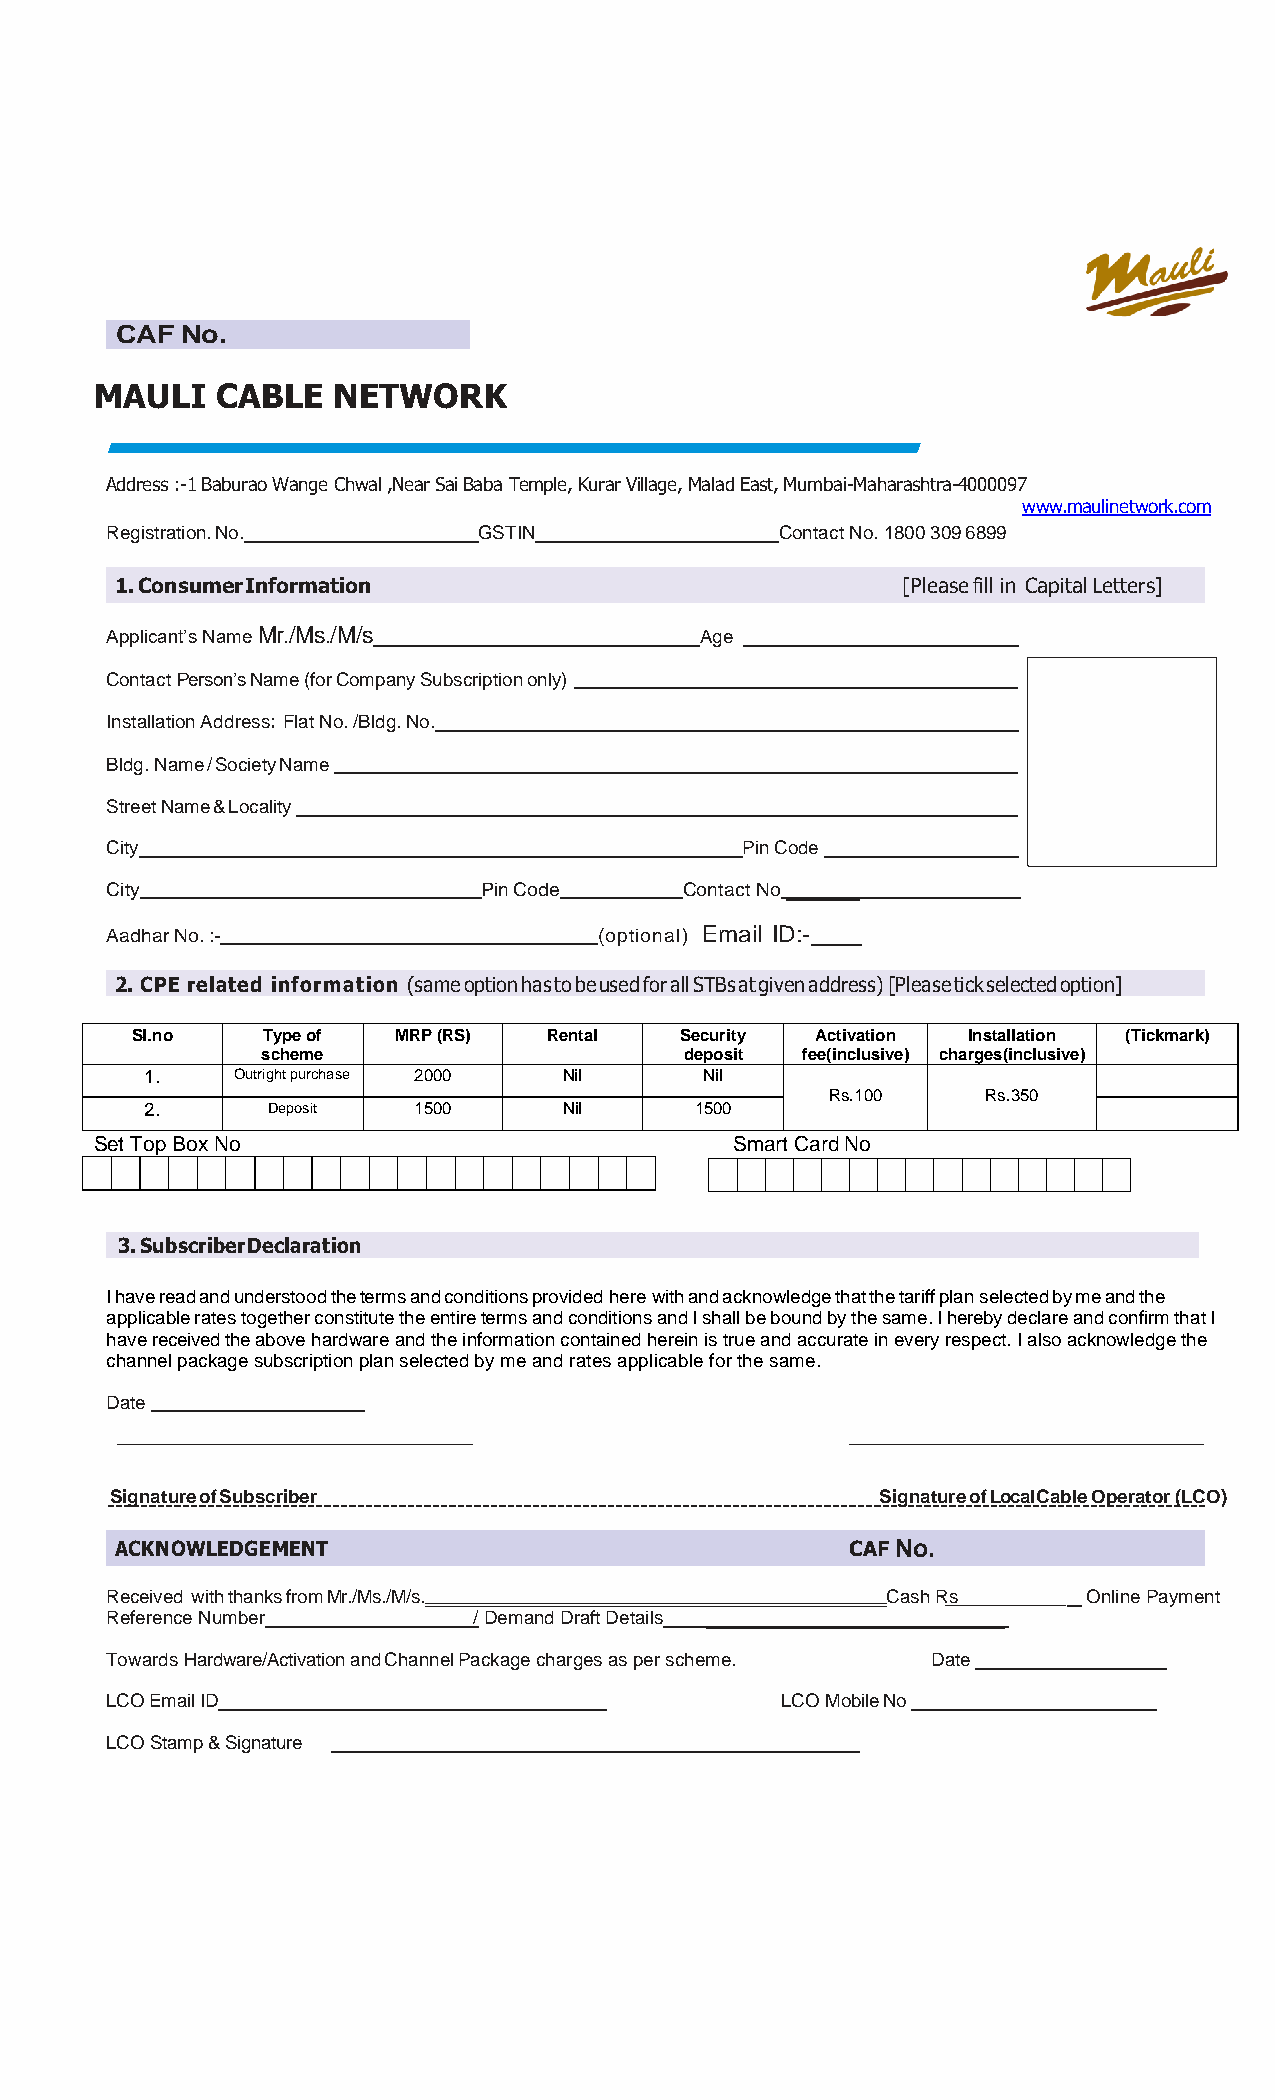
CAF No.
 MAULI   CABLE   NETWORK
 Address :-1 Baburao Wange Chwal ,Near Sai Baba Temple, Kurar Village, Malad East, Mumbai-Maharashtra-4000097
 www.maulinetwork.com
 Registration. No.        GSTIN               Contact No. 1800 309 6899
 1. Consumer Information                             [Please fill in Capital Letters]
 Applicant’s Name Mr./Ms./M/s           Age
 Contact Person’s Name (for Company Subscription only)
 Installation Address: Flat No. /Bldg. No.
 Bldg. Name / Society Name
 Street Name & Locality
 City                                      Pin Code
 City                     Pin Code     Contact No
 Aadhar No. :-                    (optional) Email ID:-
 2. CPE related information (same option has to be used for all STBs at given address) [Please tick selected option]
 Sl.no   Type of  MRP (RS)  Rental   Security Activation Installation (Tickmark)
 scheme                      deposit fee(inclusive) charges(inclusive)
 1.    Outright purchase 2000 Nil     Nil
 Rs.100    Rs.350
 2.      Deposit  1500      Nil      1500
 Set Top Box No                             Smart Card No
 3. Subscriber Declaration
 I have read and understood the terms and conditions provided here with and acknowledge that the tariff plan selected by me and the
 applicable rates together constitute the entire terms and conditions and I shall be bound by the same. I hereby declare and confirm that I
 have received the above hardware and the information contained herein is true and accurate in every respect. I also acknowledge the
 channel package subscription plan selected by me and rates applicable for the same.
 Date
 Signature of Subscriber                            Signature of Local Cable Operator (LCO)
 ACKNOWLEDGEMENT                                 CAF No.
 Received with thanks from Mr./Ms./M/s.              Cash Rs      Online Payment
 Reference Number        / Demand Draft Details
 Towards Hardware/Activation and Channel Package charges as per scheme. Date
 LCO Email ID                                 LCO Mobile No
 LCO Stamp & Signature